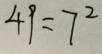
4 9 = 7 ^ { 2 }